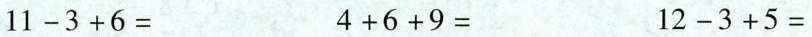
$$1 1 - 3 + 6 =$$ $$4 + 6 + 9 =$$ $$1 2 - 3 + 5 =$$